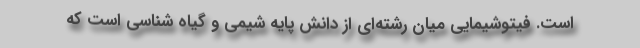
است. فیتوشیمایی میان رشته‌ای از دانش پایه شیمی و گیاه شناسی است که